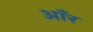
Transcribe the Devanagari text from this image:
आँर